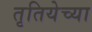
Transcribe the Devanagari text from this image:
तृतियेच्या